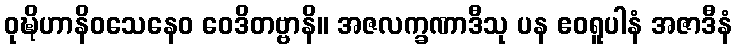
ဝုဍ္ဎိဟာနိဝသေနေဝ ဝေဒိတဗ္ဗာနိ။ အဇလက္ခဏာဒီသု ပန ဧဝရူပါနံ အဇာဒီနံ